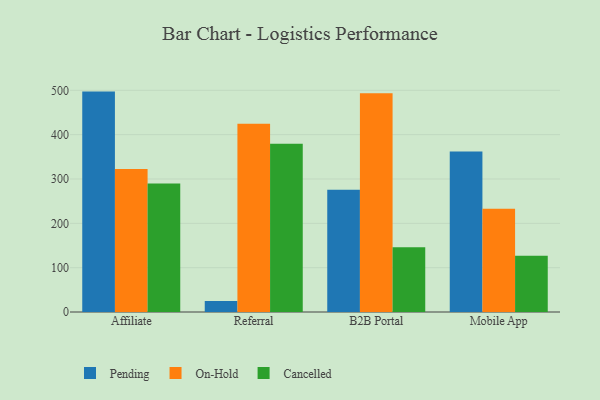
{"axis": {"x": "Channel", "y": "Demand Index"}, "legend": ["Cancelled", "On-Hold", "Pending"], "data": [{"x": "Affiliate", "y": 497.1, "type": "Pending"}, {"x": "Affiliate", "y": 322.4, "type": "On-Hold"}, {"x": "Affiliate", "y": 289.7, "type": "Cancelled"}, {"x": "Referral", "y": 24.7, "type": "Pending"}, {"x": "Referral", "y": 424.6, "type": "On-Hold"}, {"x": "Referral", "y": 379.2, "type": "Cancelled"}, {"x": "B2B Portal", "y": 276.0, "type": "Pending"}, {"x": "B2B Portal", "y": 493.6, "type": "On-Hold"}, {"x": "B2B Portal", "y": 146.1, "type": "Cancelled"}, {"x": "Mobile App", "y": 361.9, "type": "Pending"}, {"x": "Mobile App", "y": 232.6, "type": "On-Hold"}, {"x": "Mobile App", "y": 126.7, "type": "Cancelled"}]}